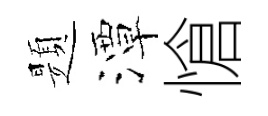
題潭愴